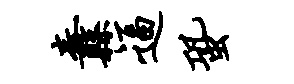
纛逼蛩